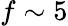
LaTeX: f\sim 5